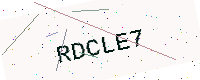
Text: RDCLE7